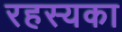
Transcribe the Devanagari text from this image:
रहस्यका